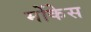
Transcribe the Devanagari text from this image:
मोंकेस